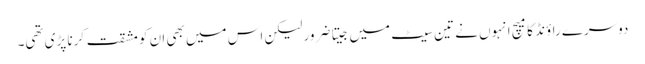
دوسرے راؤنڈ کا میچ انہوں نے تین سیٹ میں جیتا ضرور لیکن اس میں بھی ان کو مشقت کرنا پڑی تھی۔